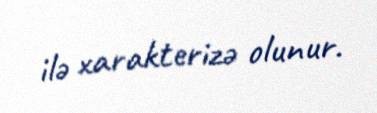
ilə xarakterizə olunur.